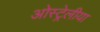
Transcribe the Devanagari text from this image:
ओस्ट्रेलीया